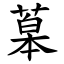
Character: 䔌